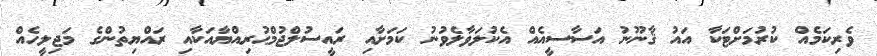
ވެރިކަމެއް ކުރުމަށްޓަކާ އައު ޤާނޫނު އަސާސީއެއް އެކުލަވާލެވުނު ކަމަށާއި ރައީސުލްޖުމްޙުރިއްޔާއަކާއި ރައްޔިތުންގެ މަޖިލީހެއް